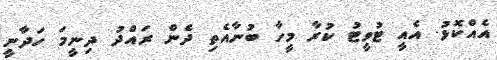
އެއްކޮޅު. އެއީ ޓުވީޓު ކުރާ މީހާ ބުނާއެތި ދެން ރައްދު ދިނީމަ ހަދާނީ